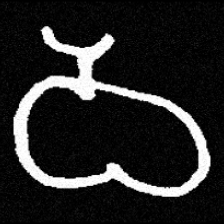
Pyu character \u2014 Myanmar letter: ဝ (romanized: wa)